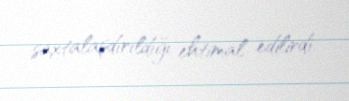
saxtalaşdırıldığı ehtimal edilirdi.